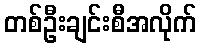
တစ်ဦးချင်းစီအလိုက်